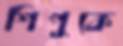
শিপুকে